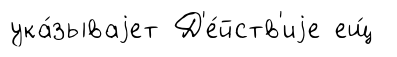
ука́зываjет Д'е́йств'иjе ещ́